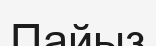
Пайыз